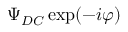
\Psi _ { D C } \exp ( - i \varphi )